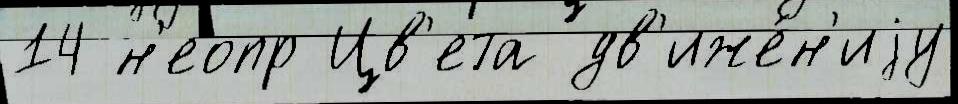
14 н'еопр Цв'ета дв'иже́н'иjу